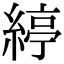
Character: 𦂃